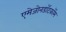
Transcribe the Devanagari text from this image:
एमेजोनडॉटकॉम